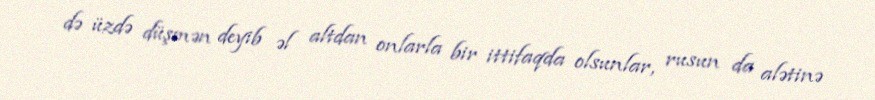
də üzdə düşmən deyib əl altdan onlarla bir ittifaqda olsunlar, rusun da alətinə